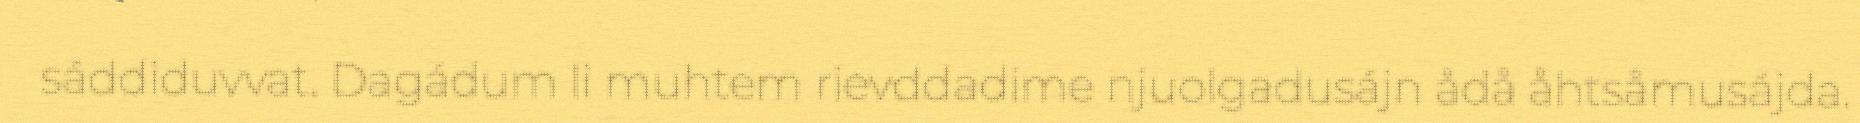
sáddiduvvat. Dagádum li muhtem rievddadime njuolgadusájn ådå åhtsåmusájda.